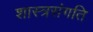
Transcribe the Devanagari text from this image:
शास्त्रसंगति